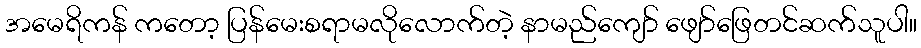
အမေရိကန် ကတော့ ပြန်မေးစရာမလိုလောက်တဲ့ နာမည်ကျော် ဖျော်ဖြေတင်ဆက်သူပါ။